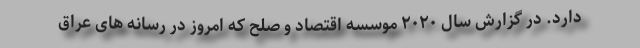
دارد. در گزارش سال ۲۰۲۰ موسسه اقتصاد و صلح که امروز در رسانه های عراق